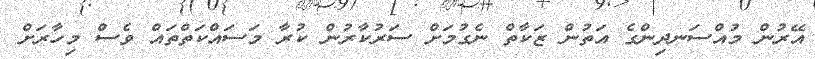
އޭރުން މުއްސަނދިންގެ އަތުން ޒަކާތް ނެގުމަށް ސަރުކާރުން ކުރާ މަސައްކަތްތައް ވެސް މިހާރަށް